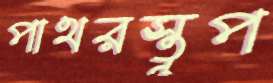
পাথরস্তূপ